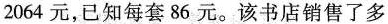
2064元，已知每套86元。该书店销售了多